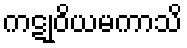
ကဋုဝိယမကာသိ